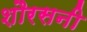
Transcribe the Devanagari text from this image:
शौरसनी